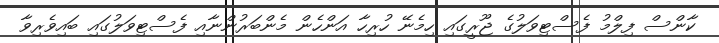
ކާންސް ފިލްމު ފެސްޓިވަލުގެ ޖޫރީގައި ހިމެނޭ ހުރިހާ އަންހެން މެންބަރުންނާއި ފެސްޓިވަލުގައި ބައިވެރިވާ